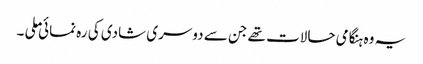
یہ وہ ہنگامی حالات تھے جن سے دوسری شادی کی رہ نمائی ملی ۔